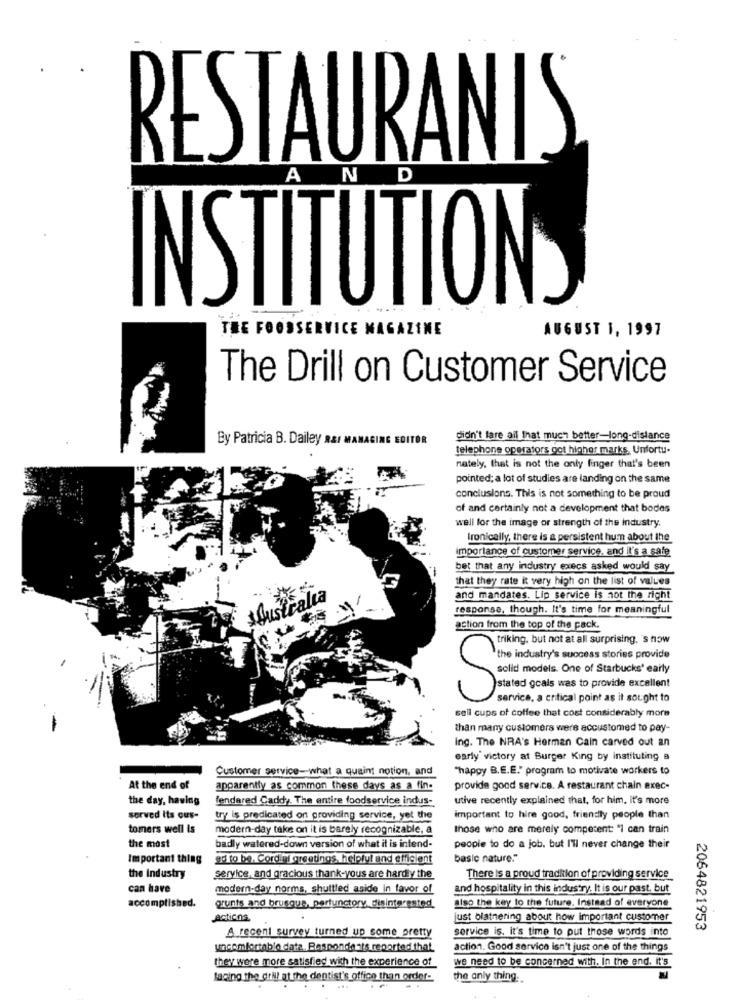
RESTAURANTS
A
N
D
INSTITUTION
.....
THE FOODSERVICE MAGAZINE
AUGUST 1, 1997
The Drill on Customer Service
By Patricia B. Dailey RAI MANAGING EDITOR
didn't lare all that much better-long-distance
telephone operators got higher marks. Unfortu.
nately, that is not the only finger that's been
pointed; a lot of studies are landing on the same
conclusions. This is not something to be proud
of and certainly not a development that bodes
well for the image or strength of the industry.
Ironically, there is a persistent hum about the
importance of customer service, and it's a safe
bet that any industry execs asked would say
that they rate it very high on the list of values
Musicalia
and mandates. Lip service is not the right
response, though. It's time for meaningful
action from the top of the pack.
triking, but not at all surprising. s how
the industry's success stories provide
stated goals was to provide excellent
STARTING One of Starbucks' early
service, a critical point as it sought to
sell cups of coffee that cost considerably more
than many customers were accustomed to pay-
Ing. The NRA's Herman Cain carved out an
early' victory at Burger King by instituting a
Customer service-what a quaint notion, and
"happy B.E.E." program to motivate workers to
At the end of
apparently as common these days as a fin.
provide good service. A restaurant chain exec-
the day, having
fendared Caddy. The entire foodservice indus-
utive recently explained that, for him, it's more
served its cus-
try is predicated on providing service, yet the
important to hire good, friendly people than
tomers well Is
modern-day take on it is barely recognizable, a
those who are merely competent: "I can train
the most
badly watered-down version of what it is intend-
people to do a job. but I'll never change their
Important thing
ad to be. Cordial greetings, helpful and efficient
basic nature."
the industry
service, and gracious thank-yous are hardy the
There is a proud tradition of providing service
can have
modern-day norms, shuttled aside in favor of
and hospitality in this industry. It is our past, but
accomplished.
grunts and brusque, perfunctory disinterested
also the key to the future. Instead of everyone
Actions
just blatnering about how important customer
service is. it's time to put those words into
2064821953
A recent survey turned up some pretty
uncomfortable data. Respondasts reported that.
action. Good service isn't just one of the things
they were more satisfied with the experience of
we need to be concerned with. In the end. it's
facing the drill at the dentist's office than order-
the only thing.